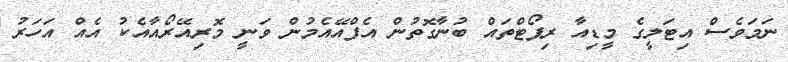
ނަމަވެސް އިޓަލީގެ މީޑިއާ ރިޕޯޓްތައް ބުނާގޮތުން އެފްއޭއެމުން ވަނީ މޮރިއޭރޯއާއެކު އެއް އަހަރު